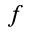
f